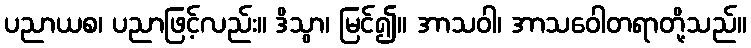
ပညာယစ၊ ပညာဖြင့်လည်း။ ဒိသွာ၊ မြင်၍။ အာသဝါ၊ အာသဝေါတရာတို့သည်။